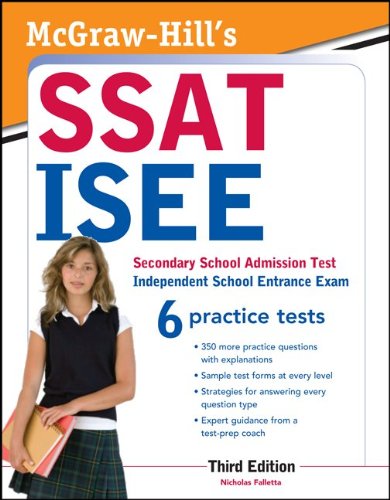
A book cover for McGraw-Hill's SSAT/ISEE: Secondary School Admission Test, Independent School Entrance Exam; Nicholas Falletta; Test Preparation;